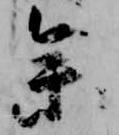
参